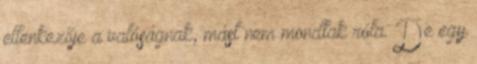
ellenkezője a valóságnak, mást nem mondtak róla. De egy